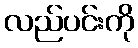
လည်ပင်းကို